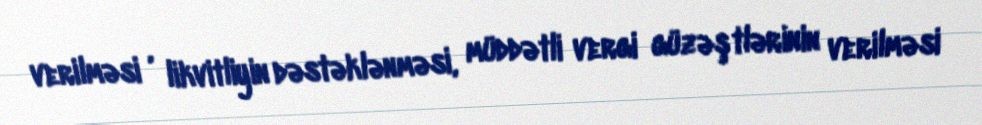
verilməsi , likvitliyin dəstəklənməsi, müddətli vergi güzəştlərinin verilməsi